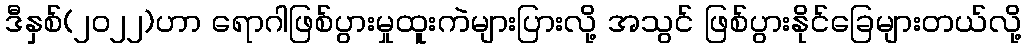
ဒီနှစ်(၂၀၂၂)ဟာ ရောဂါဖြစ်ပွားမှုထူးကဲများပြားလို့ အသွင် ဖြစ်ပွားနိုင်ခြေများတယ်လို့